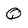
Character: Q